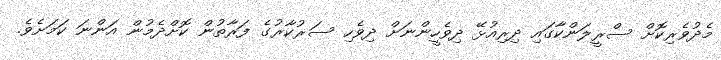
މެދުވެރިކޮށް ސްރީލަންކާގައި ދިރިއުޅޭ ދިވެހީންނަށް ދިވެހި ސަރުކާރުގެ ފަރާތުން ކޮށްދެމުން އަންނަ ކަމަށެވެ.